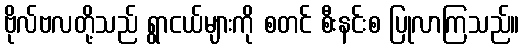
ဗိုလ်ဗလတို့သည် ရွာငယ်များကို စတင် စီးနင်းစ ပြုလာကြသည်။